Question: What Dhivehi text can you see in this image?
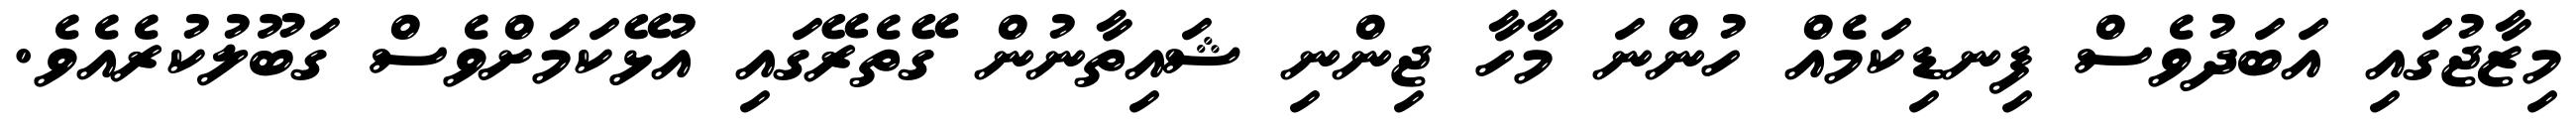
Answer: މިޒާޖުގައި އަބަދުވެސް ފިނޑިކަމެއް ހުންނަ މާހާ ޖިންނި ޝައިތާނުން ގޭތެރޭގައި އުޅޭކަމަށްވެސް ގަބޫލުކުރެއެވެ.